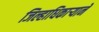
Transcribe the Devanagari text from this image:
जिल्हाधिकाऱ्याने